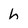
Character: h